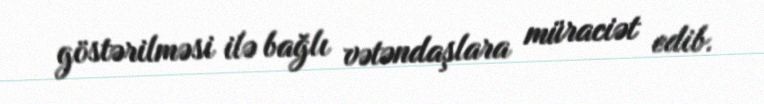
göstərilməsi ilə bağlı vətəndaşlara müraciət edib.